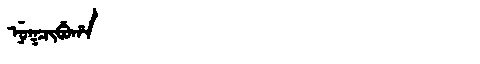
Manchu: ᠨᡠᡴᠴᡳᠪᡠᡥᠠ
Romanization: NUKCIBUHA